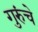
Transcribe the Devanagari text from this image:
गुरुंचे